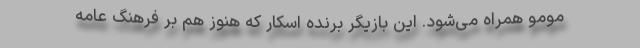
مومو همراه می‌شود. این بازیگر برنده اسکار که هنوز هم بر فرهنگ عامه